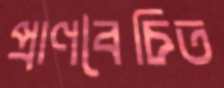
প্রাণবৈচিত